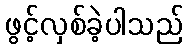
ဖွင့်လှစ်ခဲ့ပါသည်